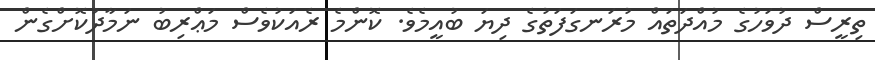
ތިރީސް ދުވަހުގެ މުއްދަތައް މުރަނގަފަތުގެ ދިޔަ ބުއީމެވެ. ކޮންމެ ރެއަކުވެސް މަޢްރިބު ނަމާދުކޮށްގެން